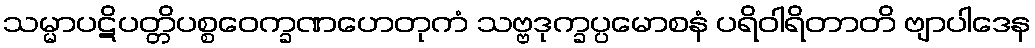
သမ္မာပဋိပတ္တိပစ္စဝေက္ခဏဟေတုကံ သဗ္ဗဒုက္ခပ္ပမောစနံ ပရိဝါရိတာတိ ဗျာပါဒေန